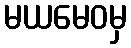
မယမေဝမှ